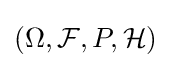
(\Omega ,{\mathcal {F}},P,{\mathcal {H}})